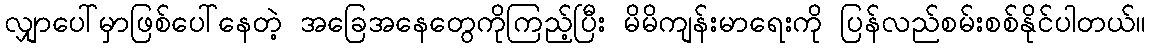
လျှာပေါ်မှာဖြစ်ပေါ်နေတဲ့ အခြေအနေတွေကိုကြည့်ပြီး မိမိကျန်းမာရေးကို ပြန်လည်စမ်းစစ်နိုင်ပါတယ်။